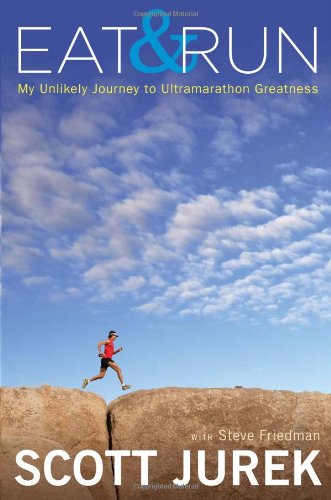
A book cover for Eat and Run: My Unlikely Journey to Ultramarathon Greatness; Scott Jurek; Cookbooks, Food & Wine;